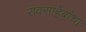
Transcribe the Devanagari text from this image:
रावसाहेबांचा